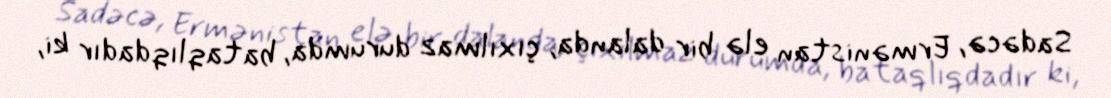
Sadəcə, Ermənistan elə bir dalanda, çıxılmaz durumda, bataqlıqdadır ki,